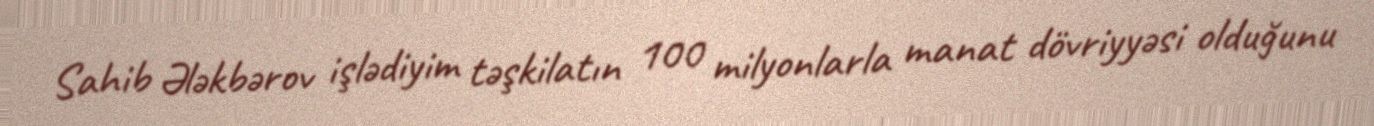
Sahib Ələkbərov işlədiyim təşkilatın 100 milyonlarla manat dövriyyəsi olduğunu